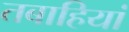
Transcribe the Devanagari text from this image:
तबाहियां